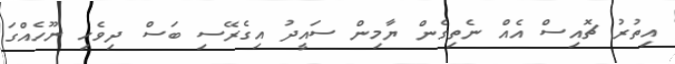
އިތުރު ޗޮއިސް އެއް ނެތިގެން ޔާމިން ސައީދު އިގެރޭސި ބަސް ދިވެހި ނޫހެއްގަ